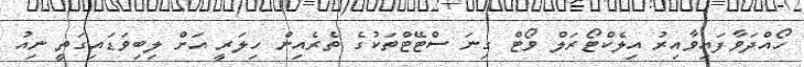
ހޯއްދަވާފައިވާއިރު އިލެކްޓޯރަލް ވޯޓް ގިނަ ސްޓޭޓްތަކުގެ ތެރެއިން ހިލަރީ އަށް ލިބިވަޑައިގަތީ ނިއު